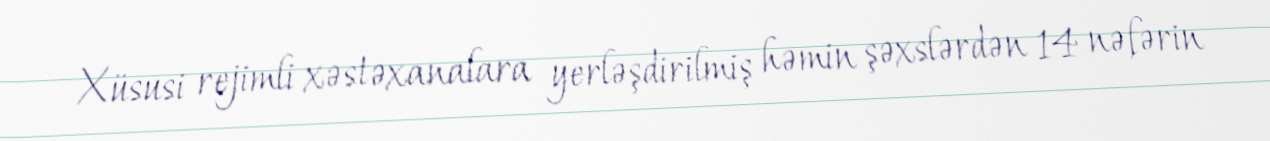
Xüsusi rejimli xəstəxanalara yerləşdirilmiş həmin şəxslərdən 14 nəfərin